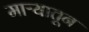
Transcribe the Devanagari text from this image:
माऱ्यातून